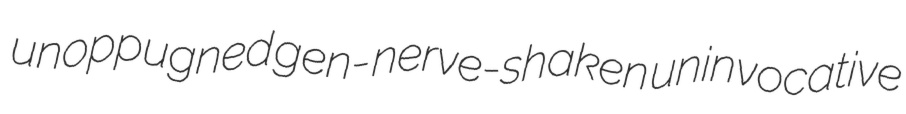
unoppugned gen- nerve-shaken uninvocative